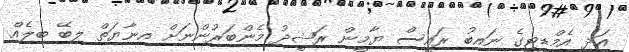
އަދި އެމްޑީޓީގެ ނައިބު ރައީސް ޔާމީން ރަޝީދު މެންބަރުންނަށް އިނާޔަތް ލިބޭ ބިލެއް